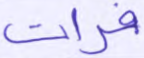
فرات